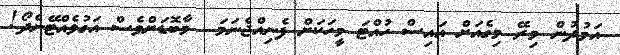
އަމުދުން މިރޭ މިގެއަށް އައިސް ހުއްޓަ މީހަކަށް ފެނިއްޖެނަމަ  މާބޮޑަށްވެސް އަގުވެއްޓޭނެދޯ!